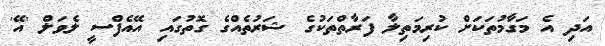
އަދި އެ މަގާމުތަކަށް ކުރިމަތިލާ ފަރާތްތަކުގެ ޝަރުތެއްގެ ގޮތުގައި އޭއެފްސީ ލެވަލް 'އޭ'